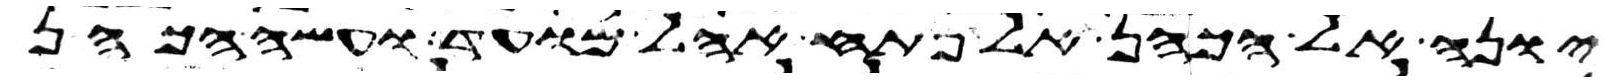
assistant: יונה אל הכהן אל פתח אהל מועד ועשה הכהן